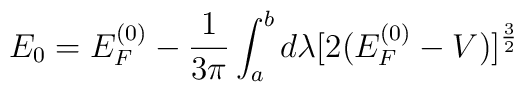
E_{0} = E_{F}^{(0)} - \frac{1}{3\pi} \int_{a}^{b} d\lambda[2(E_{F}^{(0)} - V)]^{\frac{3}{2}}